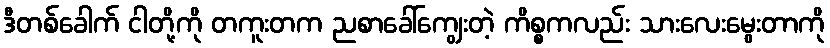
ဒီတစ်ခေါက် ငါတို့ကို တကူးတက ညစာခေါ်ကျွေးတဲ့ ကိစ္စကလည်း သားလေးမွေးတာကို